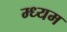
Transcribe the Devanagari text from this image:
म्ध्यम